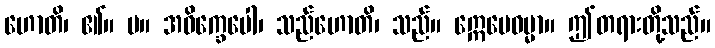
ဟောတိ၊ ၏။ ပ။ အဝိက္ခေပေါ၊ သည်ဟောတိ၊ သည်။ ဣေမေဓမ္မာ။ ဤတရားတို့သည်။